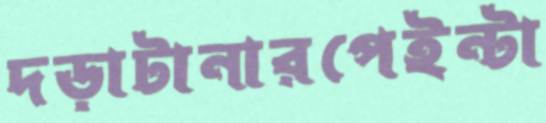
দড়াটানারপেইন্টা